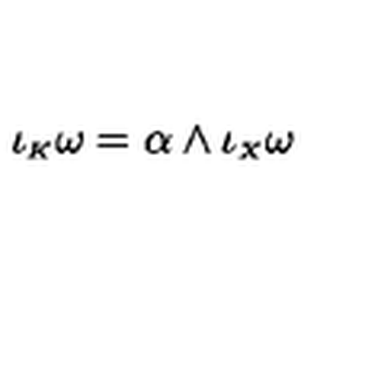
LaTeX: \iota _ { \scriptscriptstyle K } \omega = \alpha \wedge \iota _ { \scriptscriptstyle X } \omega